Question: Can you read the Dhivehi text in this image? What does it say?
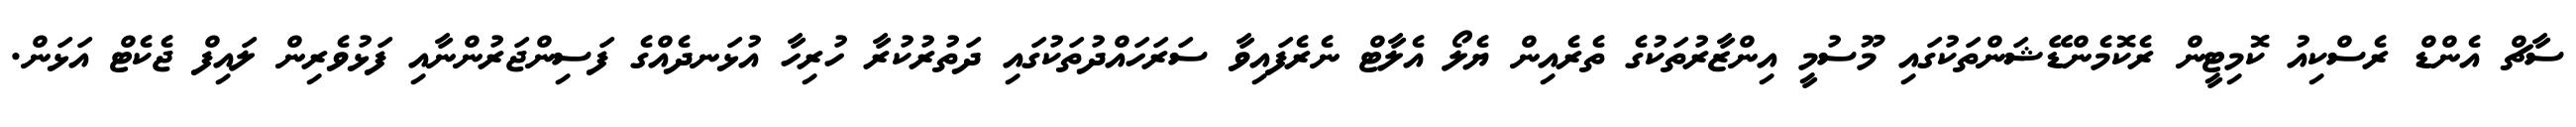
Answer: ސާޗް އެންޑް ރެސްކިއު ކޮމިޓީން ރެކޮމެންޑޭޝަންތަކުގައި މޫސުމީ އިންޒާރުތަކުގެ ތެރެއިން ޔެލޯ އެލާޓް ނެރެފައިވާ ސަރަހައްދުތަކުގައި ދަތުރުކުރާ ހުރިހާ އުޅަނދެއްގެ ފަސިންޖަރުންނާއި ފަޅުވެރިން ލައިފް ޖެކެޓް އަޅަން.